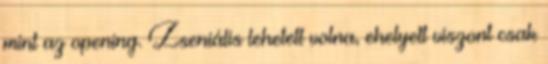
mint az opening. Zseniális lehetett volna, ehelyett viszont csak